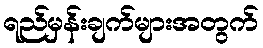
ရည်မှန်းချက်များအတွက်